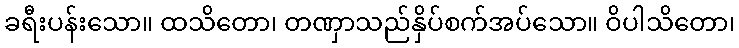
ခရီးပန်းသော။ ထသိတော၊ တဏှာသည်နှိပ်စက်အပ်သော။ ဝိပါသိတော၊